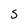
Character: s